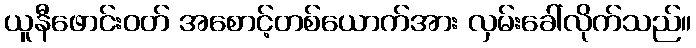
ယူနီဖောင်းဝတ် အစောင့်တစ်ယောက်အား လှမ်းခေါ်လိုက်သည်။